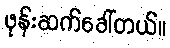
ဖုန်းဆက်ခေါ်တယ်။